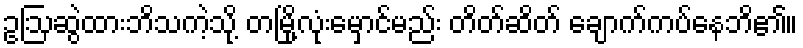
ဥဩဆွဲထားဘိသကဲ့သို့ တမြို့လုံးမှောင်မည်း တိတ်ဆိတ် ချောက်ကပ်နေဘိ၏။